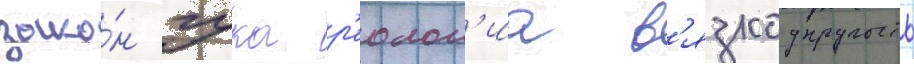
зако́н гука р'еолог'иа в'язкоупругость